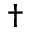
^ \dag